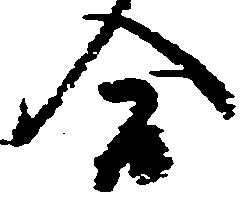
合